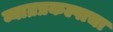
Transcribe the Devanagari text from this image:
व्याघ्रप्रकल्पाचा